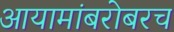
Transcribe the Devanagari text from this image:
आयामांबरोबरच